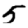
Digit: 5